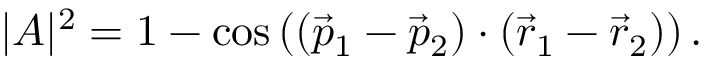
| A | ^ { 2 } = 1 - \cos \left( ( \vec { p } _ { 1 } - \vec { p } _ { 2 } ) \cdot ( \vec { r } _ { 1 } - \vec { r } _ { 2 } ) \right) .